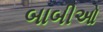
બાબીઓ